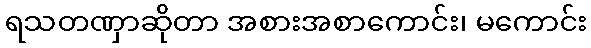
ရသတဏှာဆိုတာ အစားအစာကောင်း၊ မကောင်း